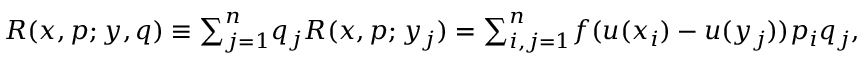
\begin{array} { r } { R ( x , p ; y , q ) \equiv { \sum } _ { j = 1 } ^ { n } q _ { j } R ( x , p ; y _ { j } ) = { \sum } _ { i , j = 1 } ^ { n } f ( u ( x _ { i } ) - u ( y _ { j } ) ) p _ { i } q _ { j } , } \end{array}